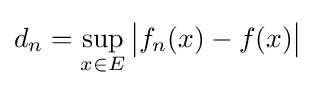
d_{n}=\sup _{x\in E}{\bigl |}f_{n}(x)-f(x){\bigr |}